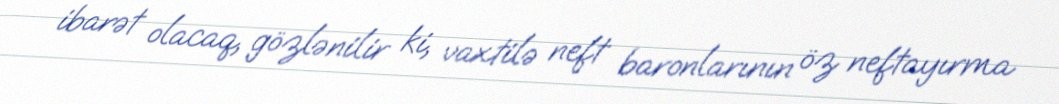
ibarət olacaq, gözlənilir ki, vaxtilə neft baronlarının öz neftayırma